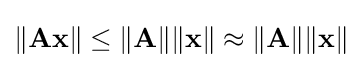
\lVert \mathbf {A} \mathbf {x} \rVert \leq \lVert \mathbf {A} \rVert \lVert \mathbf {x} \rVert \approx \lVert \mathbf {A} \rVert \lVert \mathbf {x} \rVert